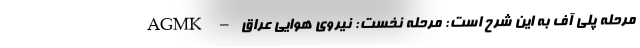
مرحله پلی آف به این شرح است: مرحله نخست: نیروی هوایی عراق – AGMK